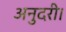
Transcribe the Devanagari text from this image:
अनुदरी।